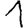
Digit: 1